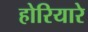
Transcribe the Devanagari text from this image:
होरियारे